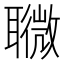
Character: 𦗸